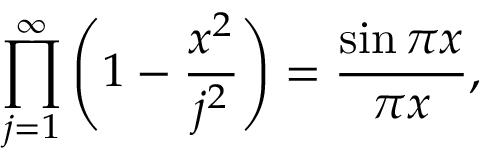
\prod _ { j = 1 } ^ { \infty } \left( 1 - { \frac { x ^ { 2 } } { j ^ { 2 } } } \right) = { \frac { \sin \pi x } { \pi x } } ,